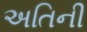
અતિની